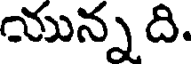
యున్న ది.